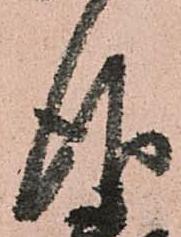
仰